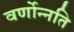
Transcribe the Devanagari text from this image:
वर्णोन्नति